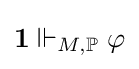
\mathbf {1} \Vdash _{M,\mathbb {P} }\varphi